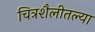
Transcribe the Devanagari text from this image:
चित्रशैलीतल्या